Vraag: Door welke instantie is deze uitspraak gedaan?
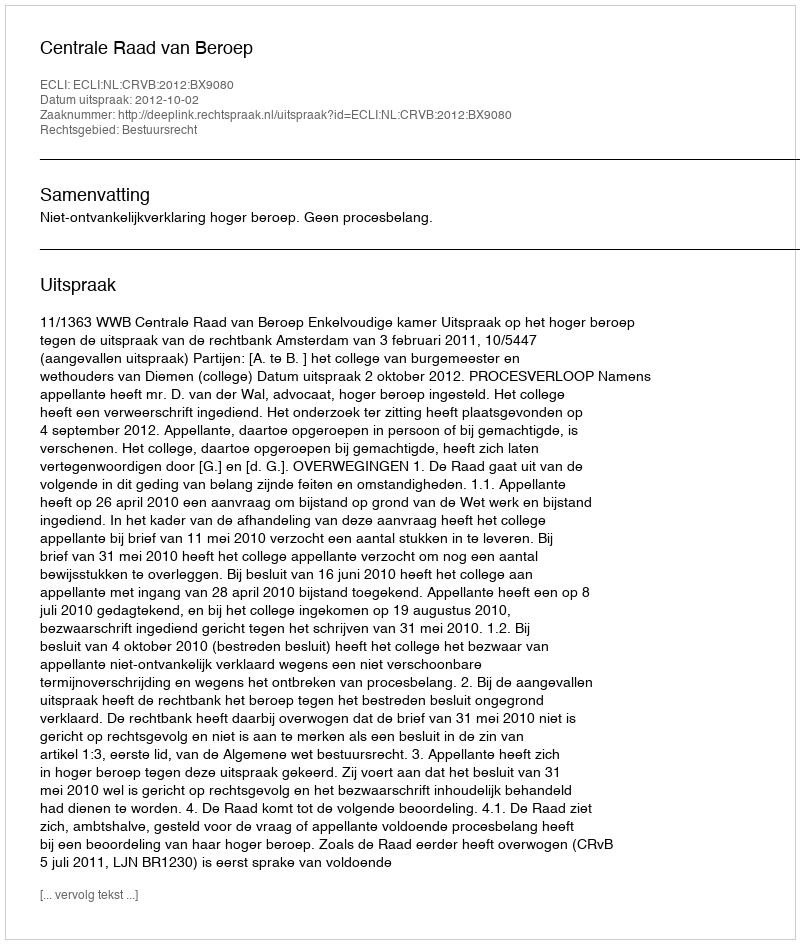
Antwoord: Centrale Raad van Beroep